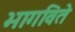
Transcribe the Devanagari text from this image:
भागविते